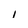
Character: 1